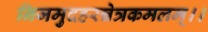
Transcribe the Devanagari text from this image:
निजमुदहरन्नेत्रकमलम्।।